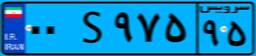
۰۰S۹۷۵۹۵